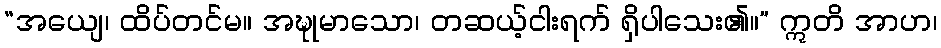
“အယျေ၊ ထိပ်တင်မ။ အဍ္ဎုမာသော၊ တဆယ့်ငါးရက် ရှိပါသေး၏။” ဣတိ အာဟ၊